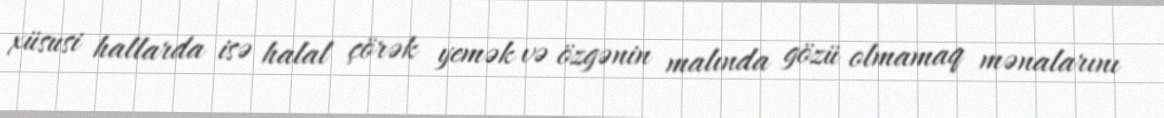
xüsusi hallarda isə halal çörək yemək və özgənin malında gözü olmamaq mənalarını